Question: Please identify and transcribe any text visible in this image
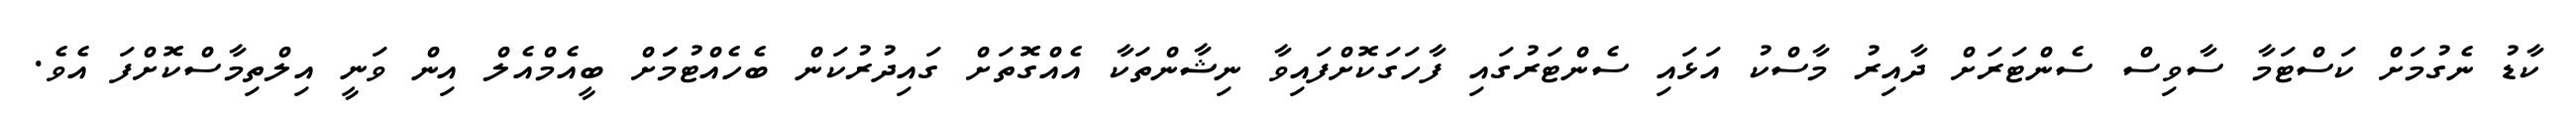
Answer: ކާޑު ނެގުމަށް ކަސްޓަމާ ސާވިސް ސެންޓަރަށް ދާއިރު މާސްކު އަޅައި ސެންޓަރުގައި ފާހަގަކޮށްފައިވާ ނިޝާންތަކާ އެއްގޮތަށް ގައިދުރުކަން ބެހެއްޓުމަަށް ބީއެމްއެލް އިން ވަނީ އިލްތިމާސްކޮށްފަ އެވެ.